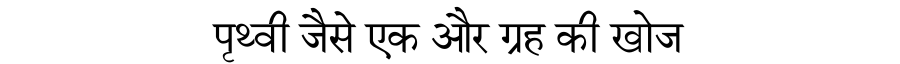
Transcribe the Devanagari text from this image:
पृथ्वी जैसे एक और ग्रह की खोज